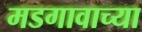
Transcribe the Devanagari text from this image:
मडगावाच्या